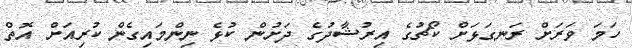
ހަމަ ވަރަށް ރަނގަޅަށް ކޯޗުގެ އިރުޝާދުގެ ދަށުން ކުޅެ ނިންމައިގެން ކުރިއަށް އޮތް